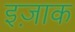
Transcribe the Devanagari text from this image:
इज़ाक